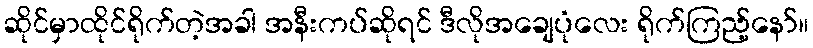
ဆိုင်မှာထိုင်ရိုက်တဲ့အခါ အနီးကပ်ဆိုရင် ဒီလိုအချေပုံလေး ရိုက်ကြည့်နော်။